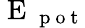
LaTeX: \mathrm{~E~}_{\mathrm{~p~o~t~}}